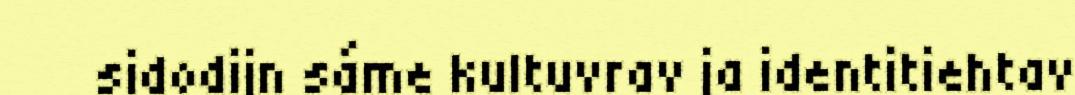
sidodijn sáme kultuvrav ja identitiehtav